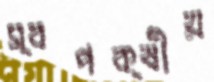
স্বপক্ষীয়